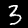
Label: 3